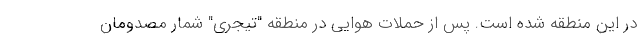
در این منطقه شده است. پس از حملات هوایی در منطقه "تیجری" شمار مصدومان